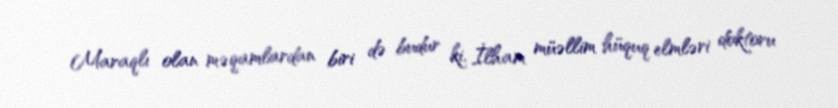
Maraqlı olan məqamlardan biri də budur ki, İlham müəllim hüquq elmləri doktoru